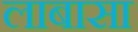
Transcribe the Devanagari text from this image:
लाबासा